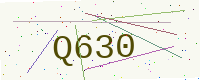
Text: Q630